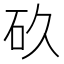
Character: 𮵉